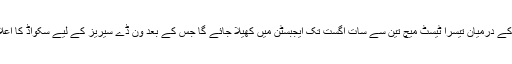
پاکستان اور انگلینڈ کے درمیان تیسرا ٹیسٹ میچ تین سے سات اگست تک ایجبسٹن میں کھیلا جائے گا جس کے بعد ون ڈے سیریز کے لیے سکواڈ کا اعلان کر دیا جائے گا۔